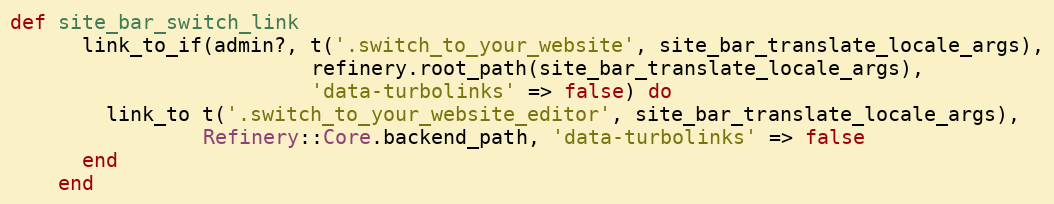
Language: Ruby
def site_bar_switch_link
      link_to_if(admin?, t('.switch_to_your_website', site_bar_translate_locale_args),
                         refinery.root_path(site_bar_translate_locale_args),
                         'data-turbolinks' => false) do
        link_to t('.switch_to_your_website_editor', site_bar_translate_locale_args),
                Refinery::Core.backend_path, 'data-turbolinks' => false
      end
    end